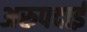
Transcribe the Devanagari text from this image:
अरुपदाई